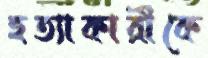
হত্যাকারীকে